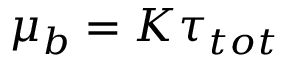
\begin{array} { r } { \mu _ { b } = K \tau _ { t o t } } \end{array}